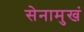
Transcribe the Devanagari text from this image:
सेनामुखं